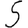
Digit: 5